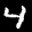
Label: 4